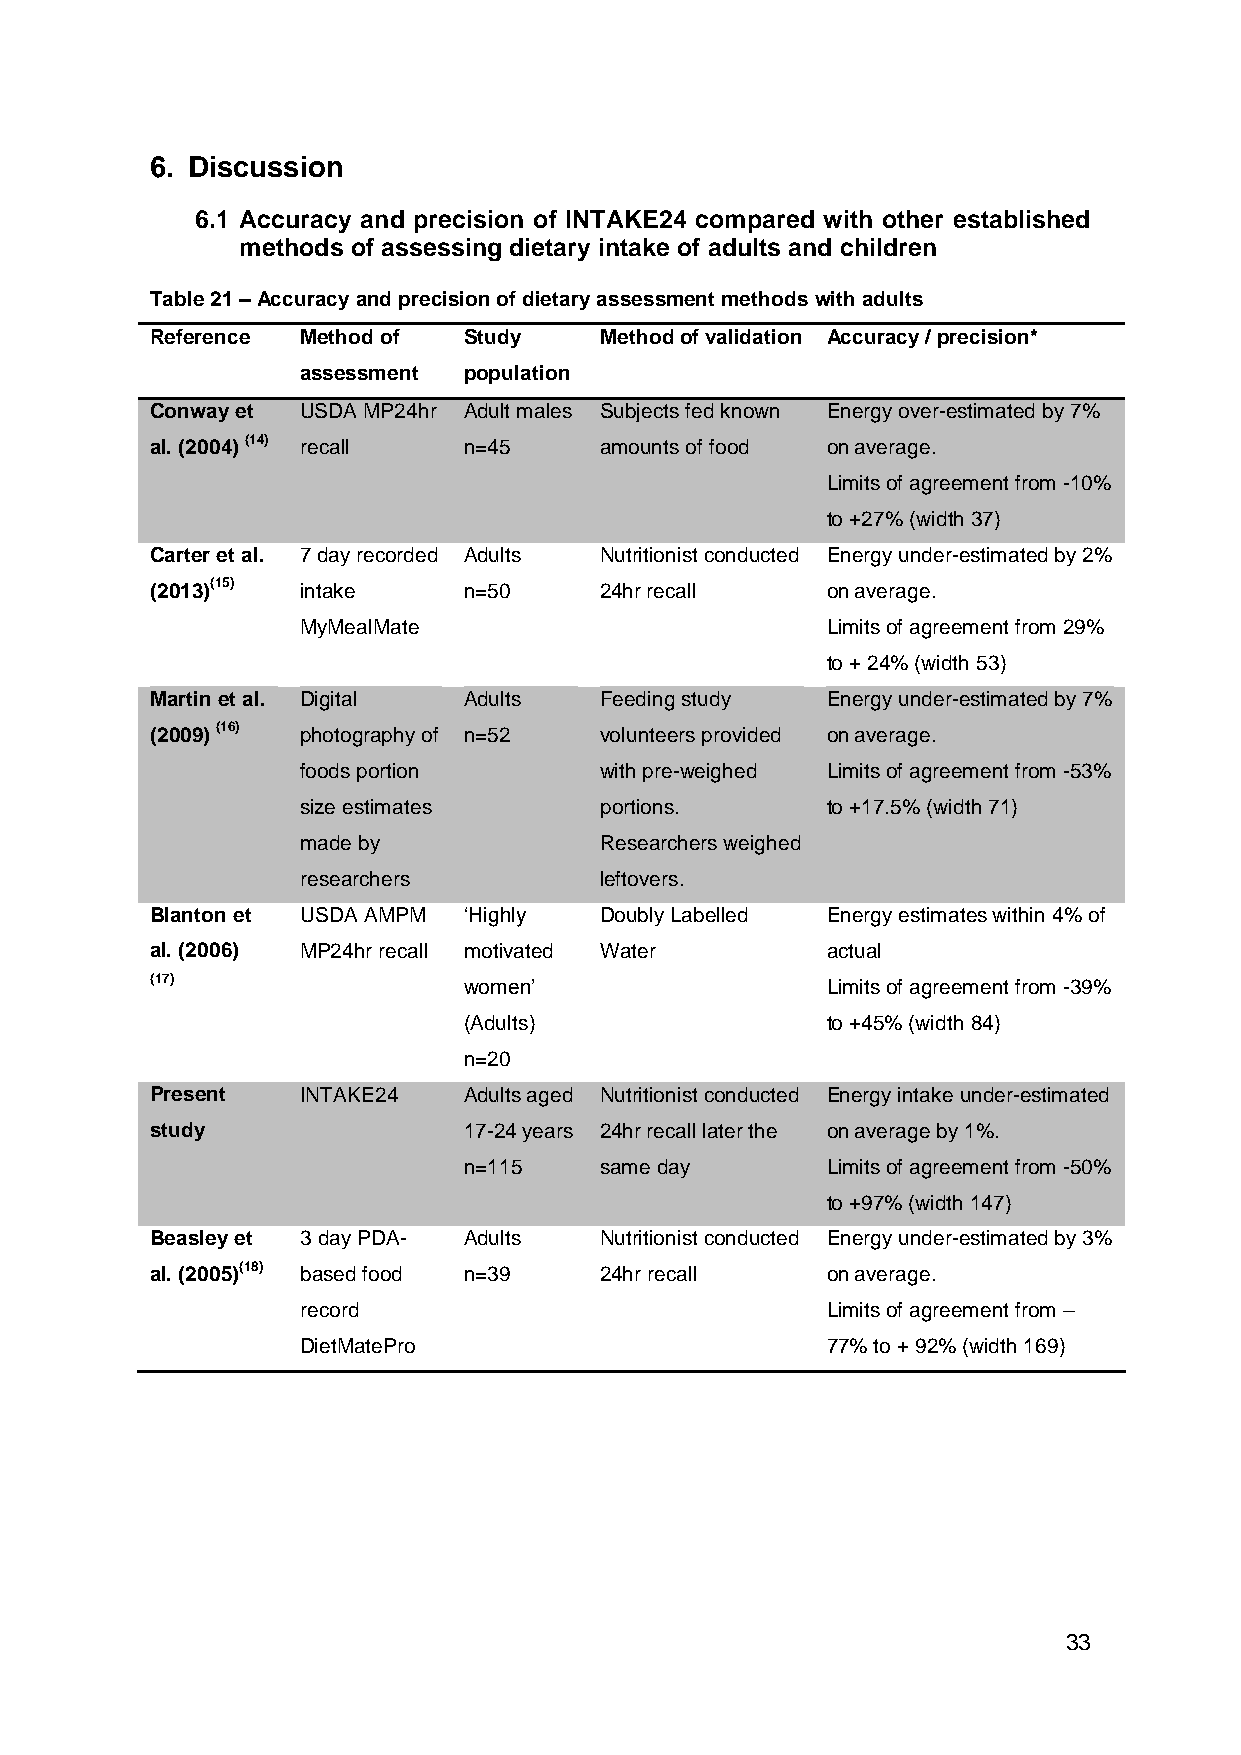
6. Discussion
 6.1 Accuracy and precision of INTAKE24 compared with other established
 methods of assessing dietary intake of adults and children
 Table 21 – Accuracy and precision of dietary assessment methods with adults
 Reference Method of  Study    Method of validation Accuracy / precision*
 assessment population
 Conway et USDA MP24hr Adult males Subjects fed known Energy over-estimated by 7%
 al. (2004) (14) recall n=45   amounts of food on average.
 Limits of agreement from -10%
 to +27% (width 37)
 Carter et al. 7 day recorded Adults Nutritionist conducted Energy under-estimated by 2%
 (2013)(15) intake    n=50     24hr recall    on average.
 MyMealMate                         Limits of agreement from 29%
 to + 24% (width 53)
 Martin et al. Digital Adults  Feeding study  Energy under-estimated by 7%
 (2009) (16) photography of n=52 volunteers provided on average.
 foods portion       with pre-weighed Limits of agreement from -53%
 size estimates      portions.      to +17.5% (width 71)
 made by             Researchers weighed
 researchers         leftovers.
 Blanton et USDA AMPM ‘Highly  Doubly Labelled Energy estimates within 4% of
 al. (2006) MP24hr recall motivated Water     actual
 (17)                 women’                  Limits of agreement from -39%
 (Adults)                to +45% (width 84)
 n=20
 Present   INTAKE24   Adults aged Nutritionist conducted Energy intake under-estimated
 study                17-24 years 24hr recall later the on average by 1%.
 n=115    same day       Limits of agreement from -50%
 to +97% (width 147)
 Beasley et 3 day PDA- Adults  Nutritionist conducted Energy under-estimated by 3%
 al. (2005)(18) based food n=39 24hr recall   on average.
 record                             Limits of agreement from –
 DietMatePro                        77% to + 92% (width 169)
 33